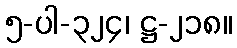
၅-ပါ-၃၂၄၊ ဋ္ဌ-၂၁၈။